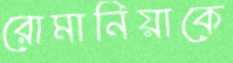
রোমানিয়াকে